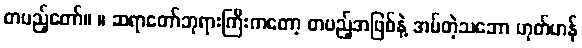
တပည့်တော်။ ။ ဆရာတော်ဘုရားကြီးကတော့ တပည့်အဖြစ်နဲ့ အပ်တဲ့သဘော ဟုတ်ဟန်